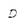
Character: D